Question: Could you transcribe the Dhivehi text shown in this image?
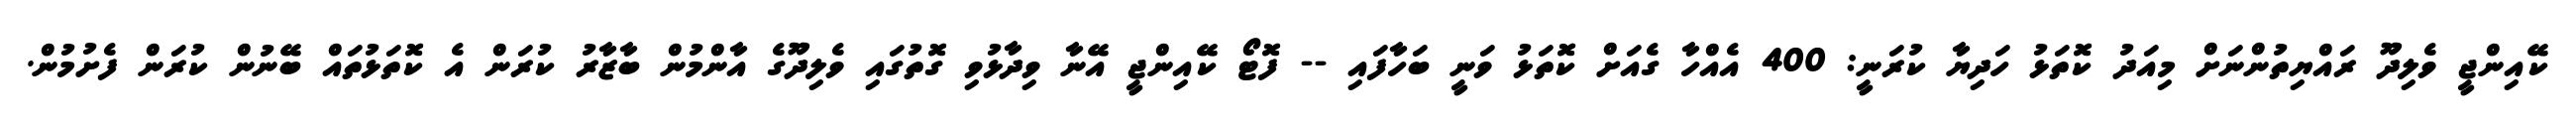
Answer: ކޭއިންޖީ ވެލިދޫ ރައްޔިތުންނަށް މިއަދު ކޮތަޅު ހަދިޔާ ކުރަނީ: 400 އެއްހާ ގެއަށް ކޮތަޅު ވަނީ ބަހާފައި -- ފޮޓޯ ކޭއިންޖީ އޭނާ ވިދާޅުވި ގޮތުގައި ވެލިދޫގެ އާންމުން ބާޒާރު ކުރަން އެ ކޮތަޅުތައް ބޭނުން ކުރަން ފެށުމުން.